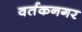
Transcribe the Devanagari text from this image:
वर्तकनगर